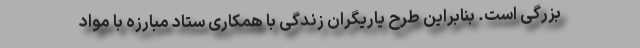
بزرگی است. بنابراین طرح یاریگران زندگی با همکاری ستاد مبارزه با مواد